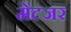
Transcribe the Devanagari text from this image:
मेंटजर